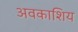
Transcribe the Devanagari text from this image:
अवकाशिय